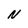
Character: N